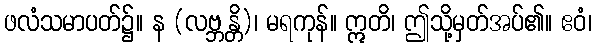
ဖလံသမာပတ်၌။ န (လဗ္ဘန္တိ)၊ မရကုန်။ ဣတိ၊ ဤသို့မှတ်အပ်၏။ ဧဝံ၊